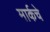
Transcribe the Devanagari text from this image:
मार्कचे